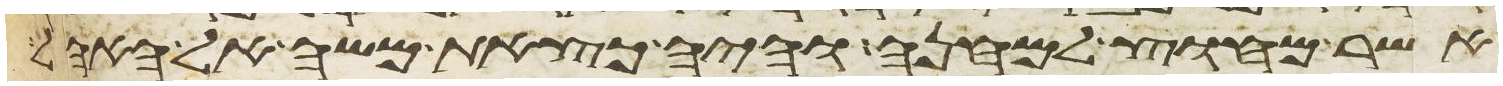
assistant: אשר מחוץ למחנה והיה כצאת משה אל האהל